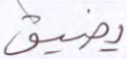
يضيق